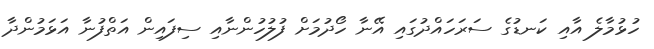
ހުޅުމާލެ އާއި ކަނޑުގެ ސަރަހައްދުގައި އޭނާ ހޯދުމަށް ފުލުހުންނާއި ސިފައިން އަތްފުނާ އަޅަމުންދާ